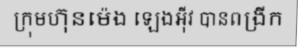
ក្រុមហ៊ុនម៉េង ឡេងអ៊ីវ បានពង្រីក